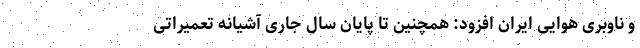
و ناوبری هوایی ایران افزود: همچنین تا پایان سال جاری آشیانه تعمیراتی